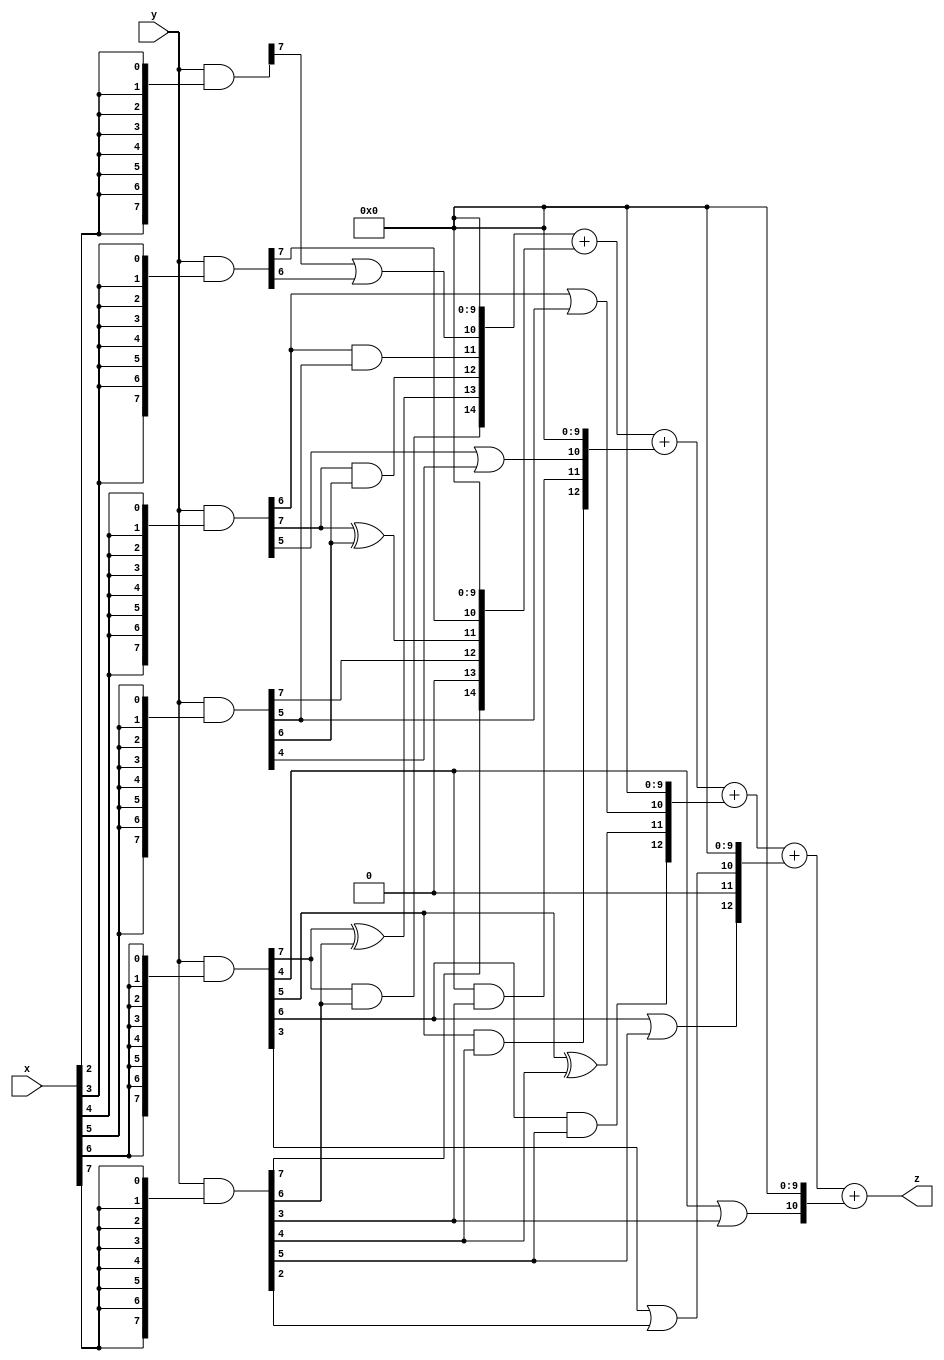
// terms: 18
// fval:  2148334.25

module unsigned_8x8_l8_lamb100000_2 (
	input [7:0] x,
	input [7:0] y,
	output [15:0] z
);


wire [7:0] part1 =  y & {8{x[0]}};
wire [7:0] part2 =  y & {8{x[1]}};
wire [7:0] part3 =  y & {8{x[2]}};
wire [7:0] part4 =  y & {8{x[3]}};
wire [7:0] part5 =  y & {8{x[4]}};
wire [7:0] part6 =  y & {8{x[5]}};
wire [7:0] part7 =  y & {8{x[6]}};
wire [7:0] part8 =  y & {8{x[7]}};

wire [14:0] new_part1;
assign new_part1[0] = 0;
assign new_part1[1] = 0;
assign new_part1[2] = 0;
assign new_part1[3] = 0;
assign new_part1[4] = 0;
assign new_part1[5] = 0;
assign new_part1[6] = 0;
assign new_part1[7] = 0;
assign new_part1[8] = 0;
assign new_part1[9] = 0;
assign new_part1[10] = part3[7] | part4[6];
assign new_part1[11] = part5[6] & part6[5];
assign new_part1[12] = part5[7] & part6[6];
assign new_part1[13] = part7[7] ^ part8[6];
assign new_part1[14] = part7[7] & part8[6];

wire [14:0] new_part2;
assign new_part2[0] = 0;
assign new_part2[1] = 0;
assign new_part2[2] = 0;
assign new_part2[3] = 0;
assign new_part2[4] = 0;
assign new_part2[5] = 0;
assign new_part2[6] = 0;
assign new_part2[7] = 0;
assign new_part2[8] = 0;
assign new_part2[9] = 0;
assign new_part2[10] = part4[7];
assign new_part2[11] = part5[7] ^ part6[6];
assign new_part2[12] = part6[7];
assign new_part2[13] = 0;
assign new_part2[14] = part8[7];

wire [12:0] new_part3;
assign new_part3[0] = 0;
assign new_part3[1] = 0;
assign new_part3[2] = 0;
assign new_part3[3] = 0;
assign new_part3[4] = 0;
assign new_part3[5] = 0;
assign new_part3[6] = 0;
assign new_part3[7] = 0;
assign new_part3[8] = 0;
assign new_part3[9] = 0;
assign new_part3[10] = part5[5] | part6[4];
assign new_part3[11] = part7[4] & part8[3];
assign new_part3[12] = part7[5] & part8[4];

wire [12:0] new_part4;
assign new_part4[0] = 0;
assign new_part4[1] = 0;
assign new_part4[2] = 0;
assign new_part4[3] = 0;
assign new_part4[4] = 0;
assign new_part4[5] = 0;
assign new_part4[6] = 0;
assign new_part4[7] = 0;
assign new_part4[8] = 0;
assign new_part4[9] = 0;
assign new_part4[10] = part5[6] | part6[5];
assign new_part4[11] = part7[5] ^ part8[4];
assign new_part4[12] = part7[6] & part8[5];

wire [12:0] new_part5;
assign new_part5[0] = 0;
assign new_part5[1] = 0;
assign new_part5[2] = 0;
assign new_part5[3] = 0;
assign new_part5[4] = 0;
assign new_part5[5] = 0;
assign new_part5[6] = 0;
assign new_part5[7] = 0;
assign new_part5[8] = 0;
assign new_part5[9] = 0;
assign new_part5[10] = part7[3] | part8[2];
assign new_part5[11] = 0;
assign new_part5[12] = part7[6] | part8[5];

wire [10:0] new_part6;
assign new_part6[0] = 0;
assign new_part6[1] = 0;
assign new_part6[2] = 0;
assign new_part6[3] = 0;
assign new_part6[4] = 0;
assign new_part6[5] = 0;
assign new_part6[6] = 0;
assign new_part6[7] = 0;
assign new_part6[8] = 0;
assign new_part6[9] = 0;
assign new_part6[10] = part7[4] | part8[3];

assign z = new_part1 + new_part2 + new_part3 + new_part4 + new_part5 + new_part6;
endmodule